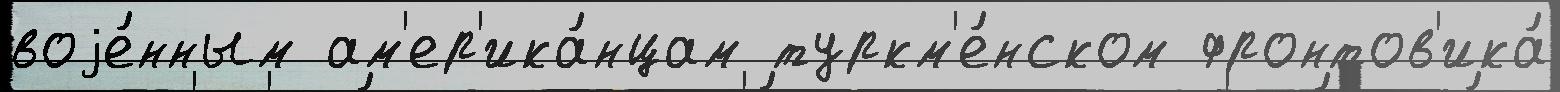
воjе́нным ам'ер'ика́нцам туркм'е́нском фронтов'ика́